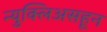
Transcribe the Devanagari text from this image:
न्युक्लिअसहून